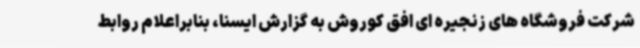
شرکت فروشگاه های زنجیره ای افق کوروش به گزارش ایسنا، بنابراعلام روابط